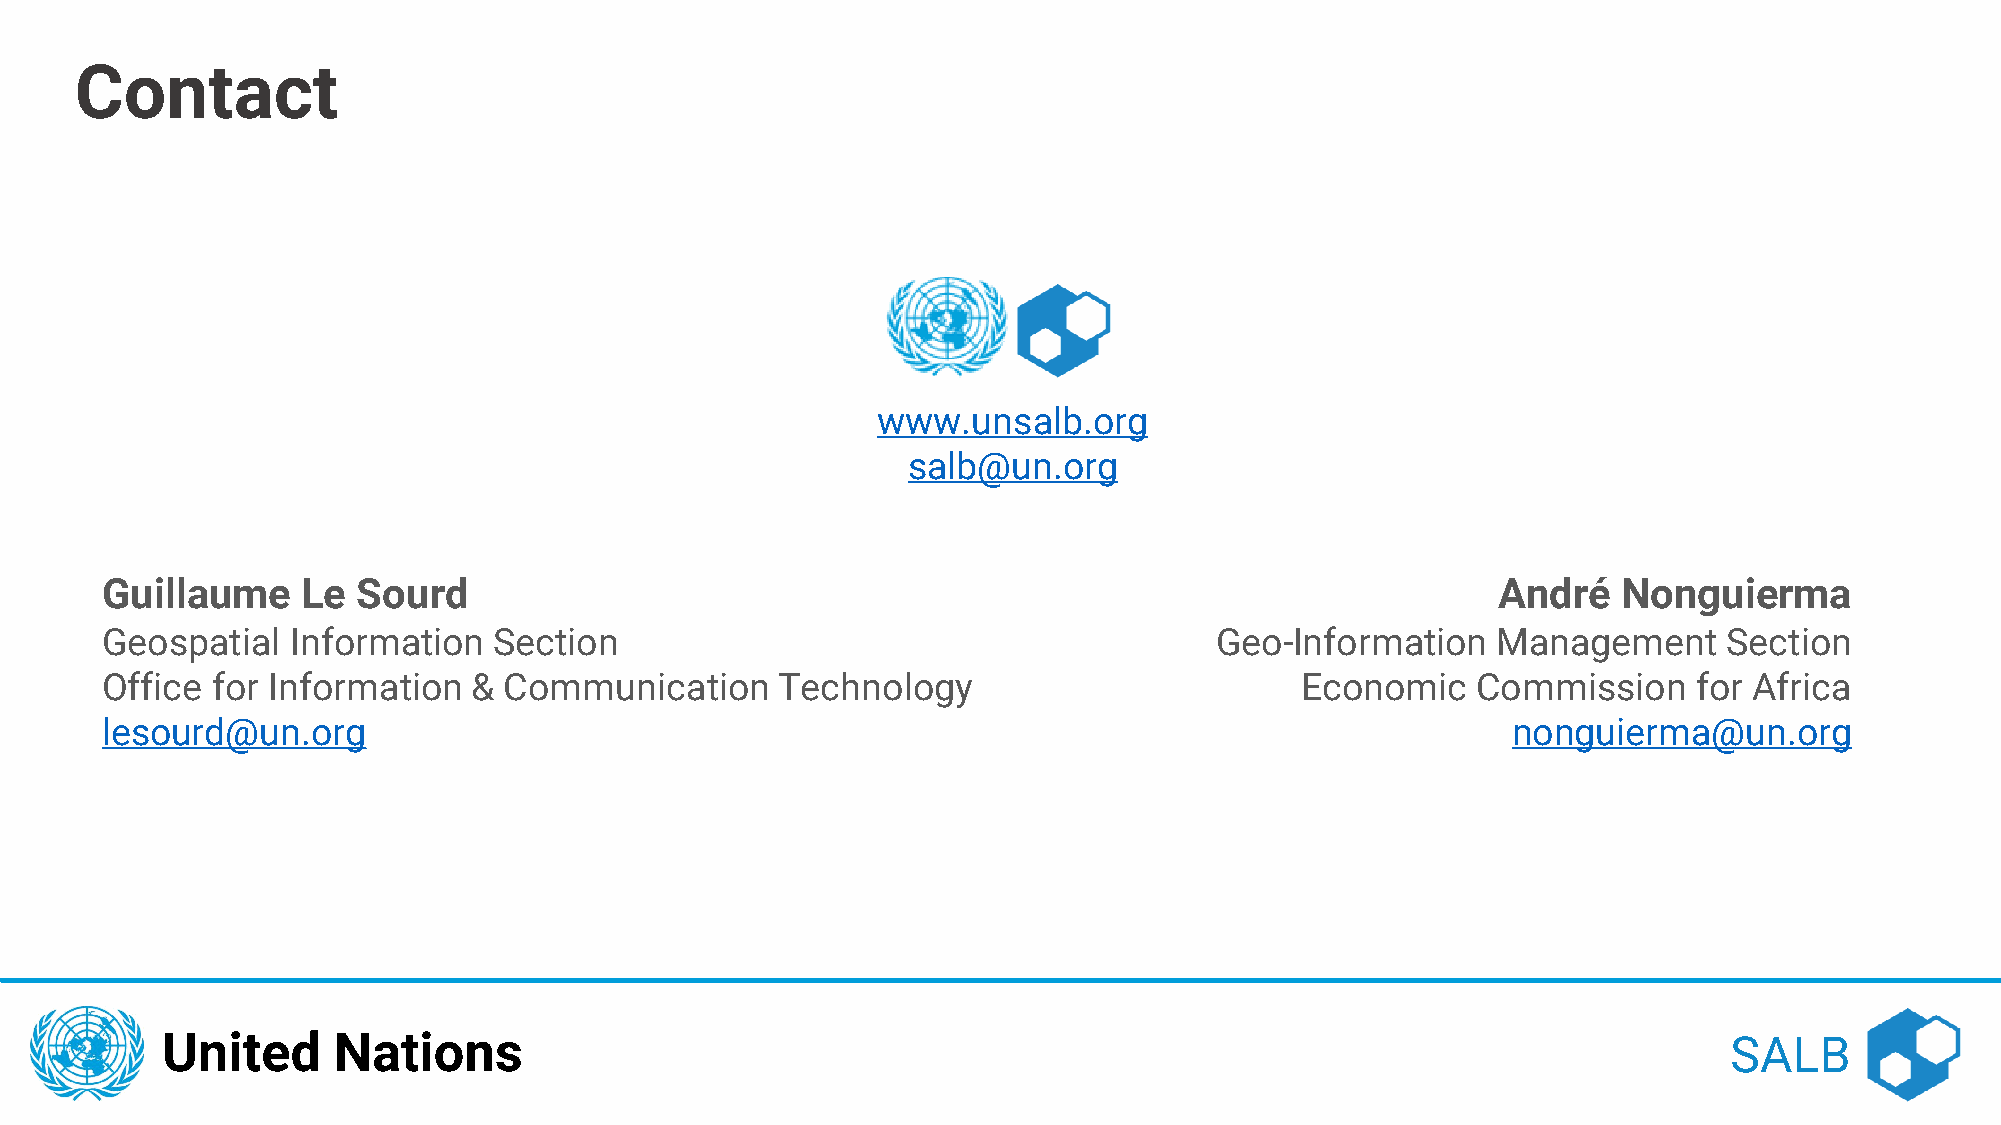
Contact
 www.unsalb.org
 salb@un.org
 Guillaume    Le  Sourd                                                                      André   Nonguierma
 Geospatial  Information   Section                                        Geo-Information    Management     Section
 Office for Information  & Communication      Technology                        Economic    Commission    for Africa
 lesourd@un.org                                                                               nonguierma@un.org
 United     Nations                                                                                     SALB